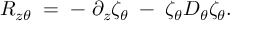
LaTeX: R _ { z \theta } \; = \; - \; \partial _ { z } \zeta _ { \theta } \; - \; \zeta _ { \theta } D _ { \theta } \zeta _ { \theta } .